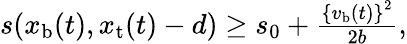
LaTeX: \begin{array}{r}{s(x_{\mathrm{b}}(t),x_{\mathrm{t}}(t)-d)\ge s_{0}+\frac{\left\{ v_{\mathrm{b}}(t)\right\} ^{2}}{2b},}\end{array}